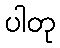
ပါတု